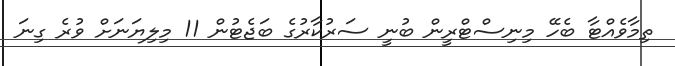
ތިމާވެއްޓާ ބެހޭ މިނިސްޓްރީން ބުނީ ސަރުކާރުގެ ބަޖެޓުން 11 މިލިޔަނަށް ވުރެ ގިނަ